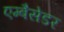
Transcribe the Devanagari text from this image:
एम्बैसेडर